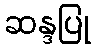
ဆန္ဒပြု